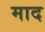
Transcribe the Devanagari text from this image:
माद